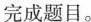
完成题目。